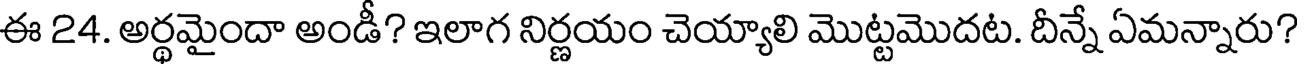
ఈ 24. అర్థమైందా అండీ? ఇలాగ నిర్ణయం చెయ్యాలి మొట్టమొదట. దీన్నే ఏమన్నారు?